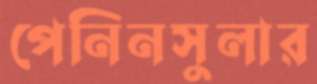
পেনিনসুলার